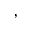
,